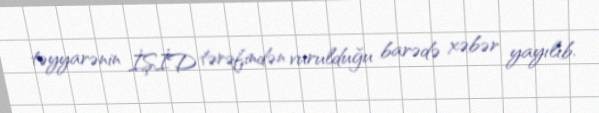
təyyarənin İŞİD tərəfindən vurulduğu barədə xəbər yayılıb.